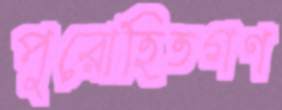
পুরোহিতগণ